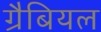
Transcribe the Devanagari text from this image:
ग्रैबियल